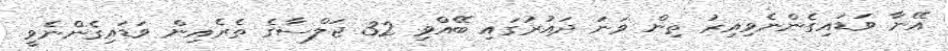
އޭނާ ވަޑައިގެންނެވިއިރު ތިން ވަނަ ދައުރުގައި ބޭއްވި 32 ޖަލްސާގެ ތެރެއިން ވަޑައިގެންނެވީ